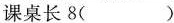
课桌长8( )